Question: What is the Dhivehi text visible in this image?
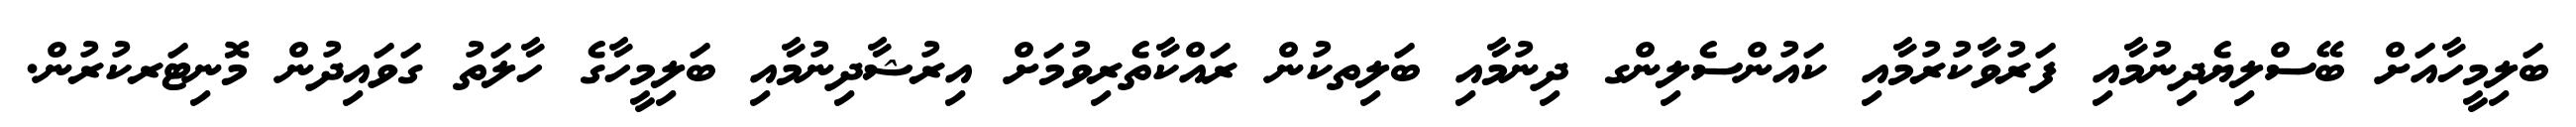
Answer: ބަލިމީހާއަށް ބޭސްލިޔެދިނުމާއި ފަރުވާކުރުމާއި ކައުންސެލިންގ ދިނުމާއި ބަލިތކުން ރައްކާތެރިވުމަށް އިރުޝާދިނުމާއި ބަލިމީހާގެ ހާލަތު ގަވައިދުން މޮނިޓަރކުރުން.